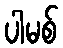
ပါမစ်